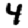
Digit: 4